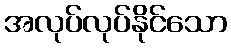
အလုပ်လုပ်နိုင်သော